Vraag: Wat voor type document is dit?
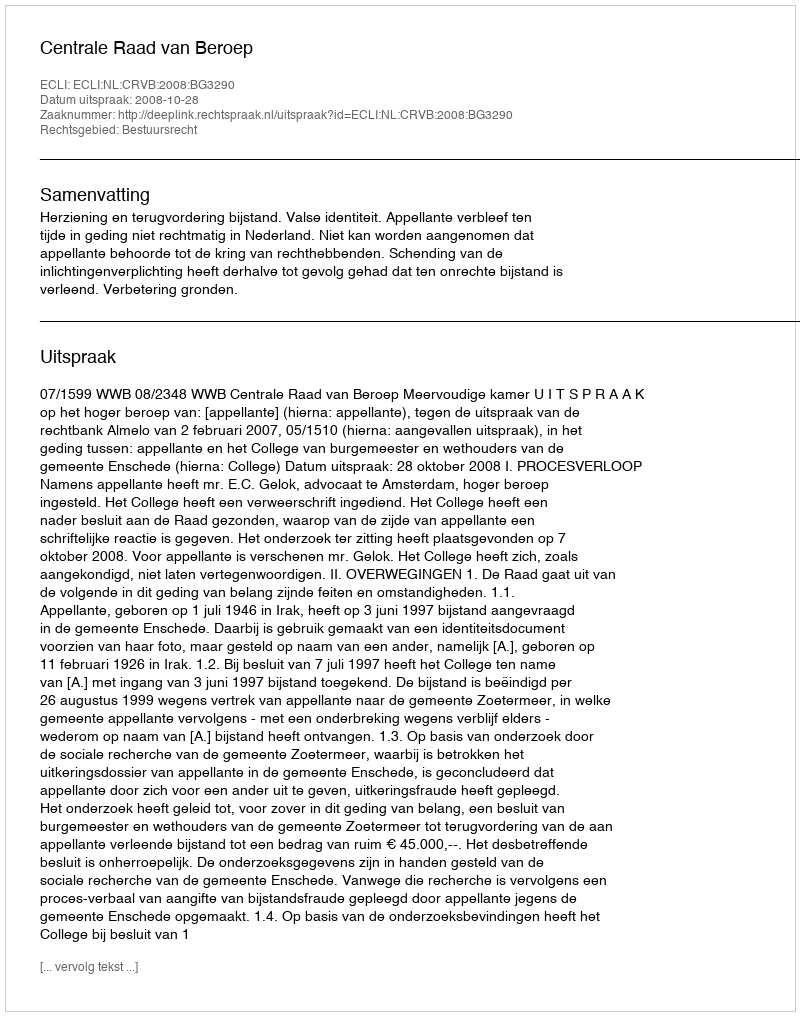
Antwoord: Uitspraak